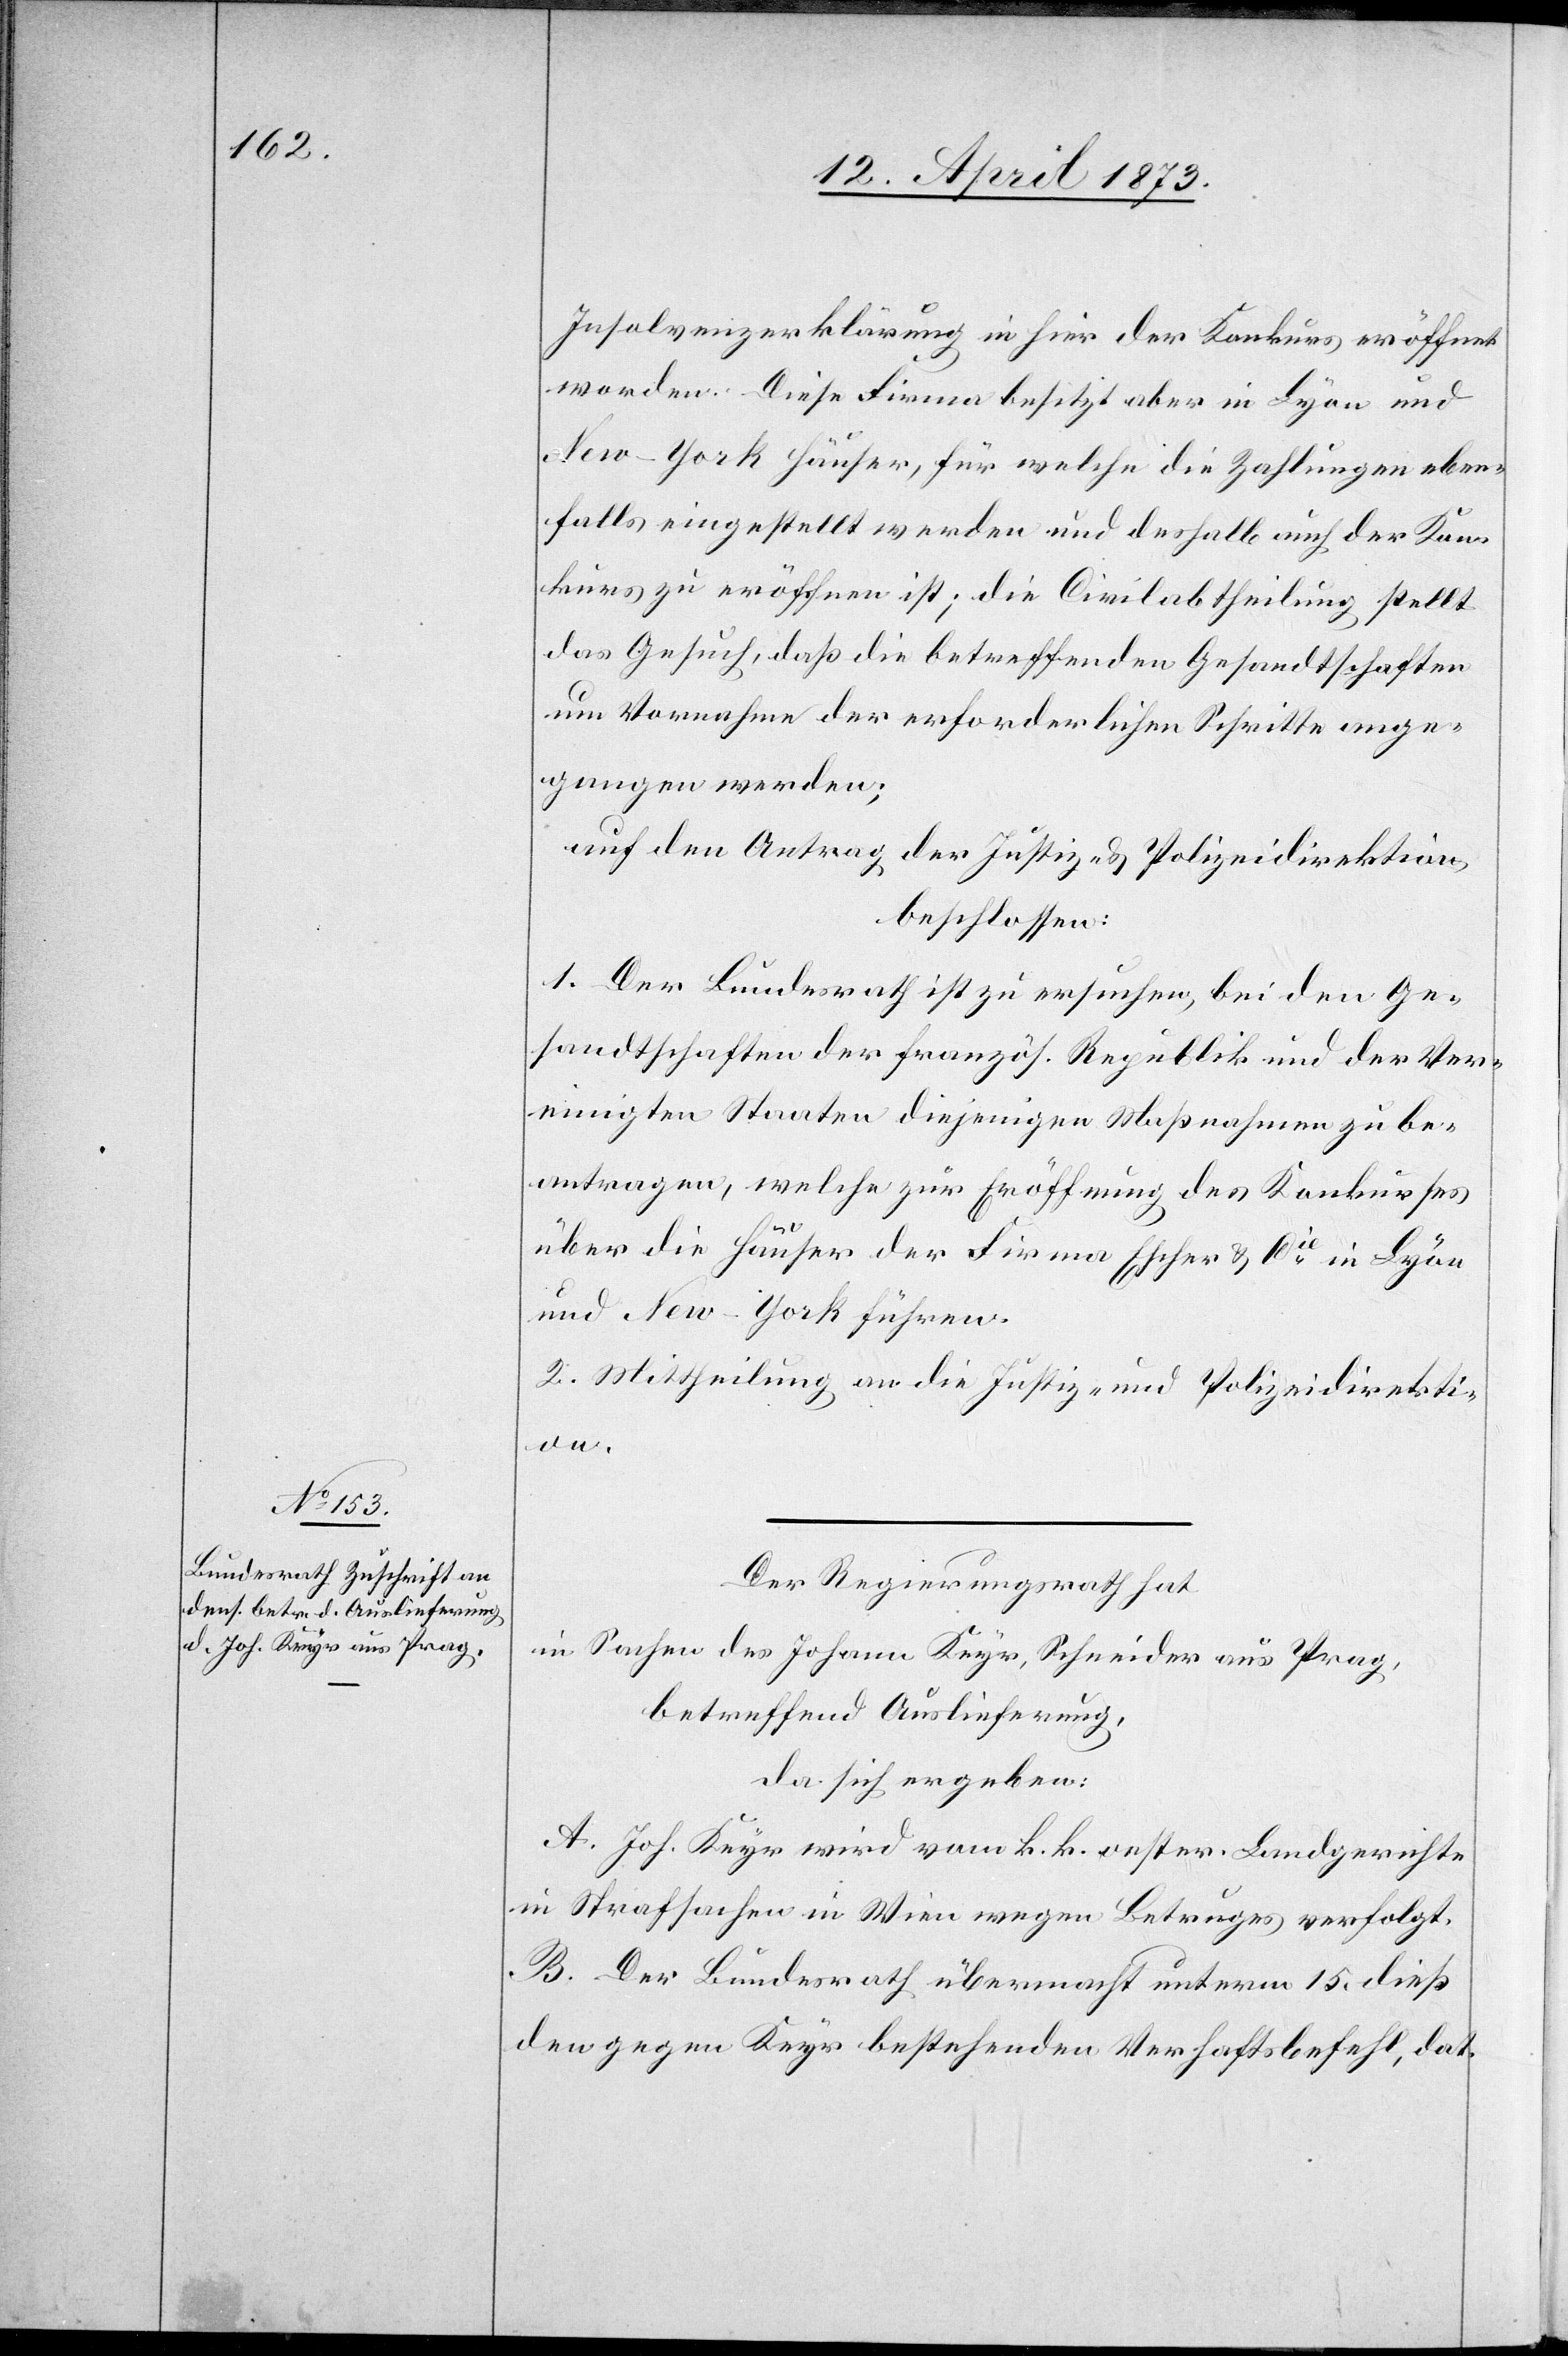
18. April 1873.]
Insolvenzerklärung in Hier der Konkurs eröffnet
worden. Diese Firma besitzt aber in Lyon und
New-York Häuser, für welche die Zahlungen eben¬
falls eingestellt werden und deshalb auch der Kon¬
kurs zu eröffnen ist; die Civilabtheilung stellt
das Gesuch, daß die betreffenden Gesandtschaften
um Vornahme der erforderlichen Schritte ange¬
gangen werden;
auf den Antrag der Justiz- & Polizeidirektion
beschlossen:
1. Der Bundesrath ist zu ersuchen, bei den Ge¬
sandtschaften der französ. Republik und der Ver¬
einigten Staaten diejenigen Maßnahmen zu be¬
antragen, welche zur Eröffnung des Konkurses
über die Häuser der Firma Escher & Cie in Lyon
und New-York führen.
2. Mittheilung an die Justiz- und Polizeidirekti¬
on.
Der Regierungsrath hat
in Sachen des Johann Keyr, Schneider aus Prag,
betreffend Auslieferung,
da sich ergeben:
A. Joh. Keyr wird vom k. k. oester. Landgerichte
in Strafsachen in Wien wegen Betruges verfolgt.
B. Der Bundesrath übermacht unterm 15. dieß
den gegen Keyr bestehenden Verhaftsbefehl, dat.